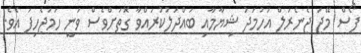
ފޯސް މޭޖަ ޖެނެރަލް އަހުމަދު ޝިޔާމާއި ބައްދަލުކުރައްވާ ގޮތަށްވެސް ވަނީ ހަމަޖެހިފަ އެވެ.